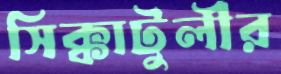
সিক্কাটুলীর